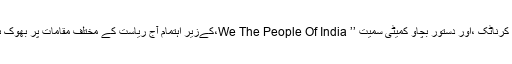
خیال رہے کہ جوائنٹ ایکشن کمیٹی کرناٹک ،اور دستور بچاؤ کمیٹی سمیت ’’ We The People Of India،کےزیر اہتمام آج ریاست کے مختلف مقامات پر بھوک ہڑتال کرتےہوئے دھرنا دیا گیا ہے۔